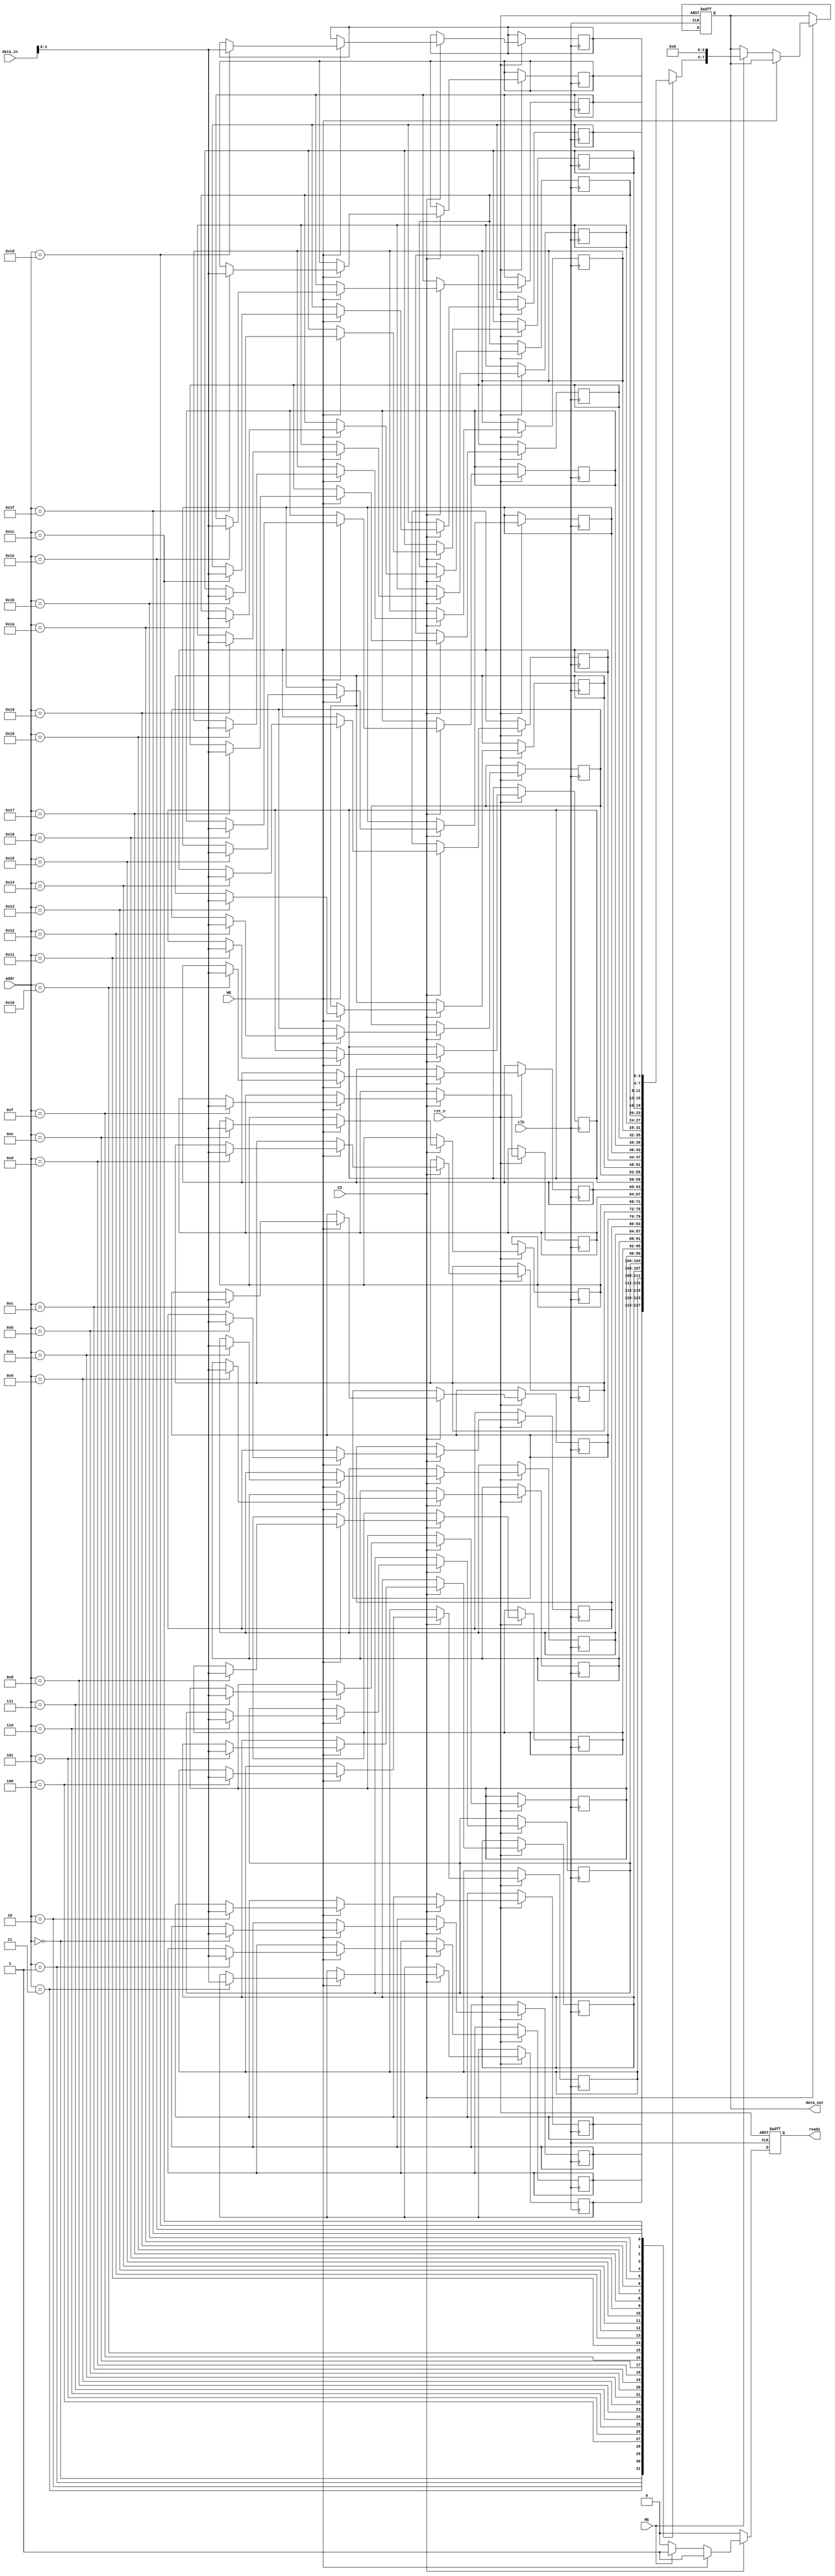
module mlc_eeprom_io (
    input wire clk,            // Clock input
    input wire rst_n,         // Active low reset
    input wire [7:0] data_in, // Data input (8-bits)
    output reg [7:0] data_out, // Data output (8-bits)
    input wire WE,            // Write Enable
    input wire RE,            // Read Enable
    input wire CS,            // Chip Select
    input wire [4:0] addr,    // Address input (5-bits for 32 locations)
    output reg ready          // Ready signal for operation
);

    // Memory Array: 32 locations x 4 bits (for MLC)
    reg [3:0] memory_array [0:31];

    // Read/Write Logic
    always @(posedge clk or negedge rst_n) begin
        if (!rst_n) begin
            data_out <= 8'b0;
            ready <= 1'b1;
        end
        else if (CS) begin
            if (WE) begin
                // Write Logic
                memory_array[addr] <= data_in[3:0]; // Store lower 4 bits
                // Optionally handle upper bits, if required
                ready <= 1'b1; // Operation complete
            end
            else if (RE) begin
                // Read Logic
                data_out <= {memory_array[addr], 4'b0}; // Read 4 bits and zero-fill
                ready <= 1'b1; // Operation complete
            end
            else begin
                ready <= 1'b0; // If neither WE nor RE is asserted
            end
        end
        else begin
            ready <= 1'b0; // Chip not selected
        end
    end

    // Simple Error Management Placeholder
    // In a real implementation, ECC and additional features would be included here.
    
    // Test Features Placeholder
    // Built-in self-test (BIST) and margin testing capabilities can be added.

endmodule